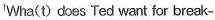
Wha(t) does Ted want for break-